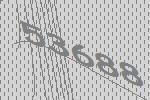
53688